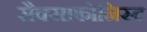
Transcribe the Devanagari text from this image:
सैक्साफोनिस्ट